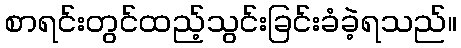
စာရင်းတွင်ထည့်သွင်းခြင်းခံခဲ့ရသည်။